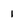
Character: 1